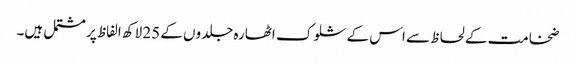
ضخامت کے لحاظ سے اس کے شلوک اٹھارہ جلدوں کے 25 لاکھ الفاظ پر مشتمل ہیں۔